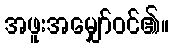
အဖူးအမျှော်ဝင်၏။